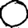
Digit: 0